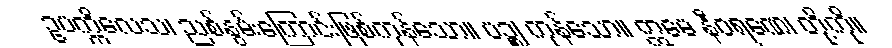
ဥပက္ကိလေသ၊ ညစ်နွမ်းကြောင်းဖြစ်ကုန်သော။ ပဉ္စ၊ ကုန်သော။ ဣမေ နီဝရဏေ၊ တို့ကို။